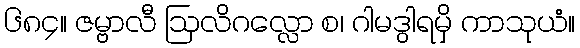
၆၈၄။ ဇမ္ဗာလီ ဩလိဂလ္လော စ၊ ဂါမဒွါရမှိ ကာသုယံ။